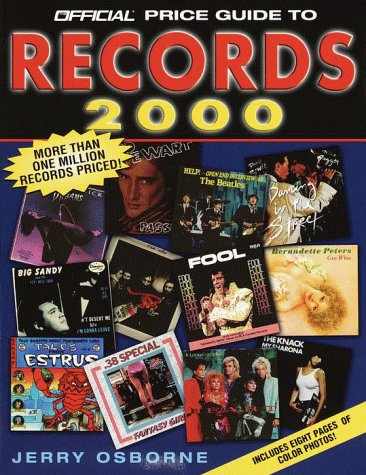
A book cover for The Official Price Guide to Records, 2000: 14th Edition (Official Price Guide to Records, ed 14); Jerry Osborne; Crafts, Hobbies & Home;